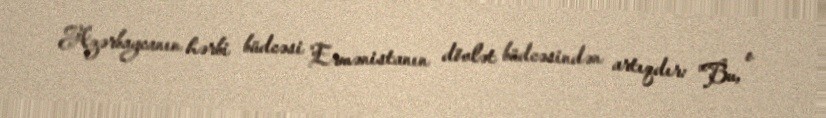
Azərbaycanın hərbi büdcəsi Ermənistanın dövlət büdcəsindən artıqdır: "Bu, o